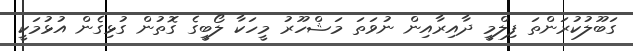
ގަބޫލުކުރަންތަ ފިލްމީ ދާއިރާއިން ނުވަތަ މަޝްހޫރު މީހަކާ ލޯބީގެ ގޮތުން ގުޅިގެން އުޅުމަކީ